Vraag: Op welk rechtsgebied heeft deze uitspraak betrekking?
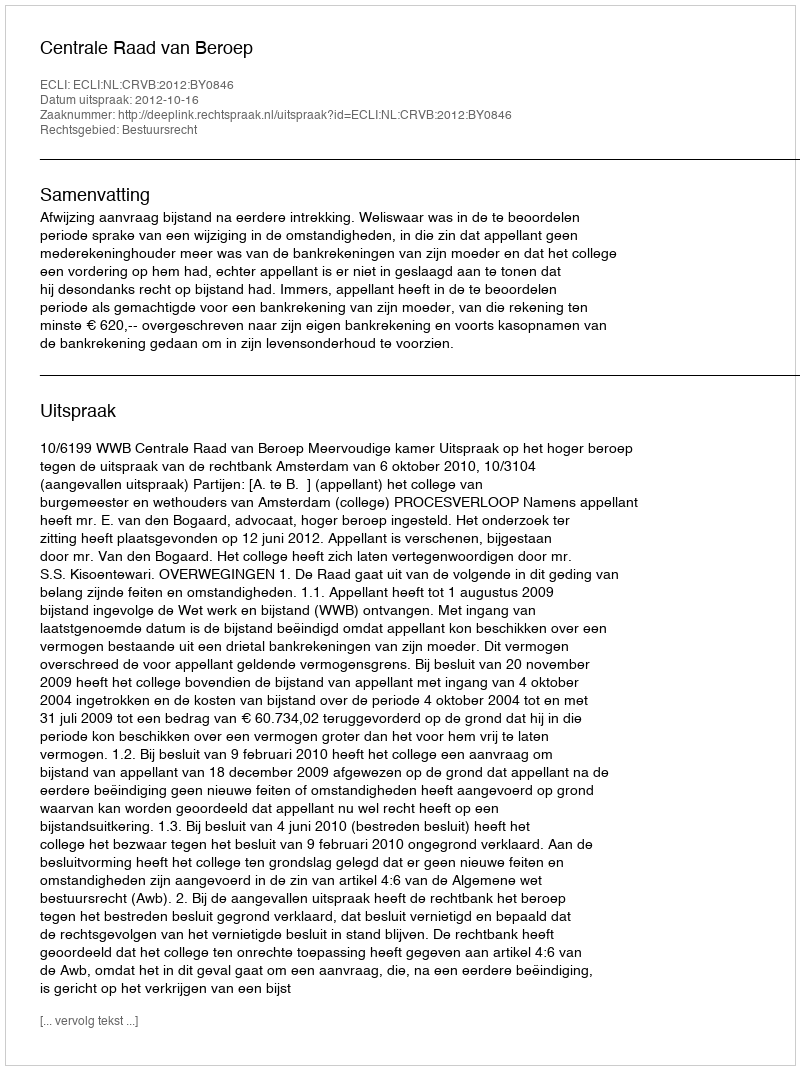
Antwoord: Bestuursrecht